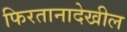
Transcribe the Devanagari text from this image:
फिरतानादेखील